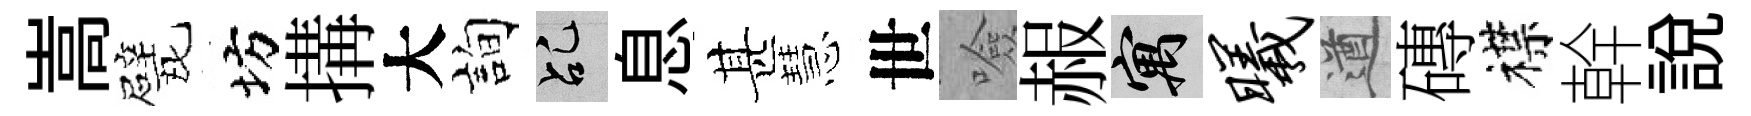
嵩戏坊搆大詢乩息甚慧世噞赧寓曦遒磚襟幹説